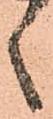
之